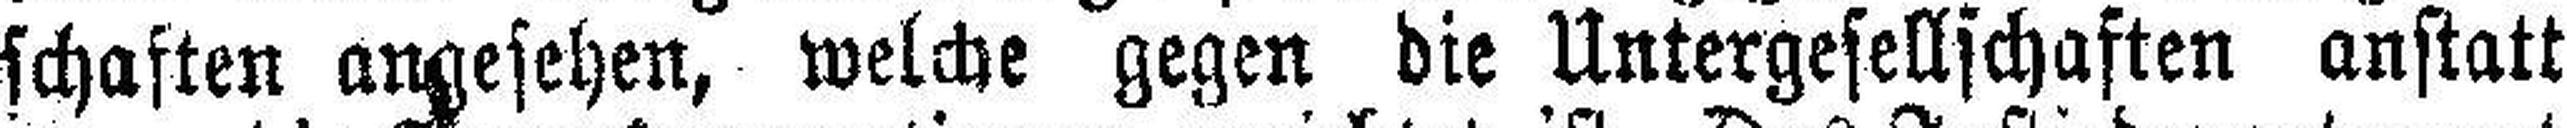
schaften angesehen, welche gegen die Untergesellschaften anstatt